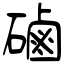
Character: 磠